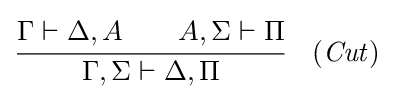
{\cfrac {\Gamma \vdash \Delta ,A\qquad A,\Sigma \vdash \Pi }{\Gamma ,\Sigma \vdash \Delta ,\Pi }}\quad ({\mathit {Cut}})